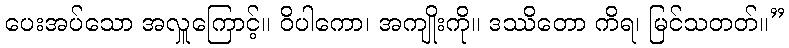
ပေးအပ်သော အလှူကြောင့်။ ဝိပါကော၊ အကျိုးကို။ ဒဿိတော ကိရ၊ မြင်သတတ်။”